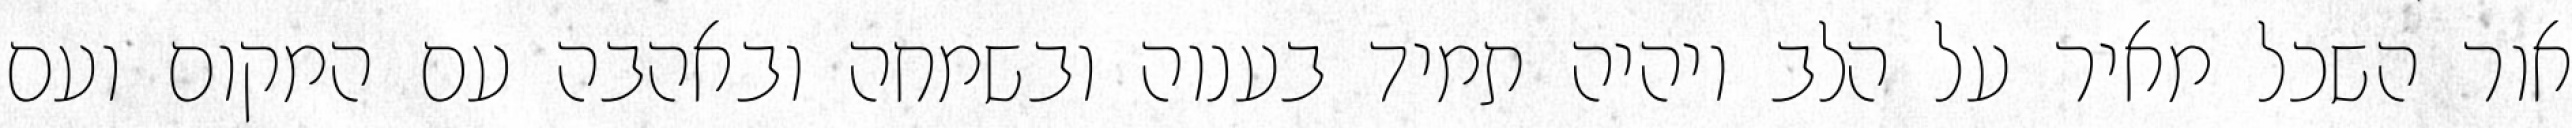
אור השכל מאיר על הלב ויהיה תמיד בענוה ובשמחה ובאהבה עם המקום ועם